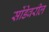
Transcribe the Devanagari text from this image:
सोंडेवरील